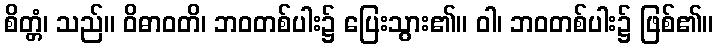
စိတ္တံ၊ သည်။ ဝိဓာဝတိ၊ ဘဝတစ်ပါး၌ ပြေးသွား၏။ ဝါ၊ ဘဝတစ်ပါး၌ ဖြစ်၏။